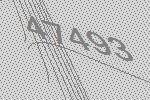
47493